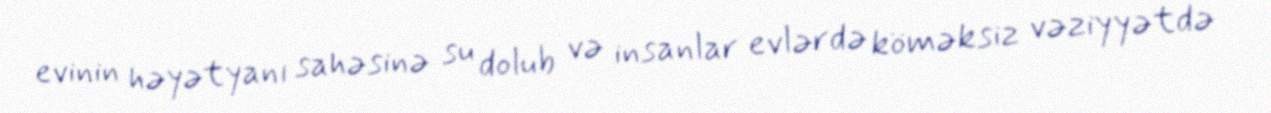
evinin həyətyanı sahəsinə su dolub və insanlar evlərdə köməksiz vəziyyətdə